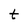
Character: t